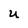
Character: U